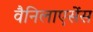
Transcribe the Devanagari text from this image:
वैनिलाएसेंस